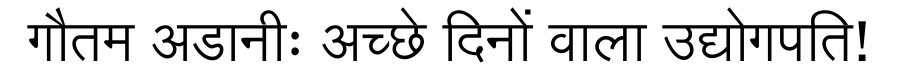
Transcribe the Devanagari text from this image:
गौतम अडानीः अच्छे दिनों वाला उद्योगपति!